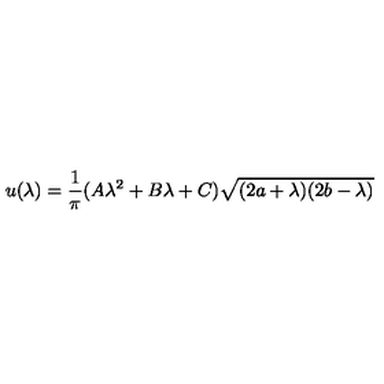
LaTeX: u ( \lambda ) = \frac { 1 } { \pi } ( A \lambda ^ { 2 } + B \lambda + C ) \sqrt { ( 2 a + \lambda ) ( 2 b - \lambda ) }